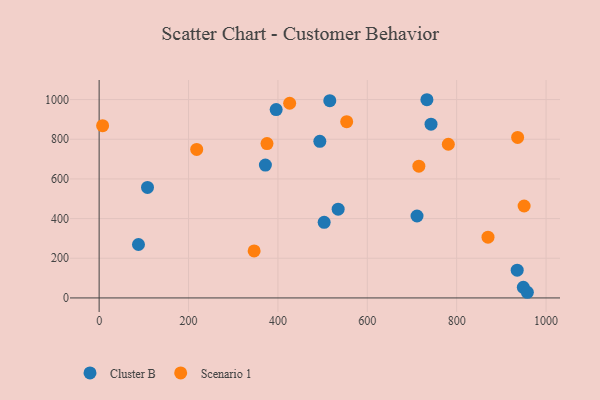
{"axis": {"x": "Ad Spend", "y": "Sales"}, "legend": ["Cluster B", "Scenario 1"], "data": [{"x": "516.1", "y": 994.5, "type": "Cluster B"}, {"x": "503.5", "y": 381.0, "type": "Cluster B"}, {"x": "949.1", "y": 53.6, "type": "Cluster B"}, {"x": "108.2", "y": 557.1, "type": "Cluster B"}, {"x": "711.3", "y": 413.0, "type": "Cluster B"}, {"x": "88.0", "y": 269.3, "type": "Cluster B"}, {"x": "534.8", "y": 447.6, "type": "Cluster B"}, {"x": "935.4", "y": 139.8, "type": "Cluster B"}, {"x": "493.8", "y": 789.5, "type": "Cluster B"}, {"x": "396.1", "y": 949.4, "type": "Cluster B"}, {"x": "372.0", "y": 669.6, "type": "Cluster B"}, {"x": "733.4", "y": 999.2, "type": "Cluster B"}, {"x": "742.6", "y": 876.1, "type": "Cluster B"}, {"x": "958.2", "y": 28.5, "type": "Cluster B"}, {"x": "781.3", "y": 774.7, "type": "Scenario 1"}, {"x": "936.4", "y": 809.3, "type": "Scenario 1"}, {"x": "715.4", "y": 664.1, "type": "Scenario 1"}, {"x": "218.3", "y": 748.4, "type": "Scenario 1"}, {"x": "426.3", "y": 981.5, "type": "Scenario 1"}, {"x": "950.9", "y": 463.4, "type": "Scenario 1"}, {"x": "346.8", "y": 237.0, "type": "Scenario 1"}, {"x": "553.9", "y": 888.7, "type": "Scenario 1"}, {"x": "870.1", "y": 306.3, "type": "Scenario 1"}, {"x": "7.8", "y": 868.3, "type": "Scenario 1"}, {"x": "375.6", "y": 778.3, "type": "Scenario 1"}]}